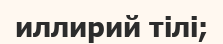
иллирий тілі;